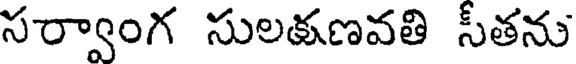
సర్వాంగ సులకణవతి సీతను